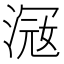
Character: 𣸦